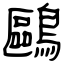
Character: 鷗